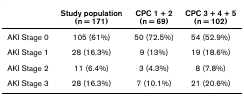
|  | Study population(n = 171) | CPC 1 + 2(n = 69) | CPC 3 + 4 + 5(n = 102) |
 | --- | --- | --- | --- |
 | AKI Stage 0 | 105 (61%) | 50 (72.5%) | 54 (52.9%) |
 | AKI Stage 1 | 28 (16.3%) | 9 (13%) | 19 (18.6%) |
 | AKI Stage 2 | 11 (6.4%) | 3 (4.3%) | 8 (7.8%) |
 | AKI Stage 3 | 28 (16.3%) | 7 (10.1%) | 21 (20.6%) |